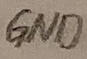
Text: GND